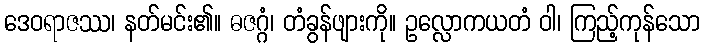
ဒေဝရာဇဿ၊ နတ်မင်း၏။ ဓဇဂ္ဂံ၊ တံခွန်ဖျားကို။ ဥလ္လောကယတံ ဝါ၊ ကြည့်ကုန်သော